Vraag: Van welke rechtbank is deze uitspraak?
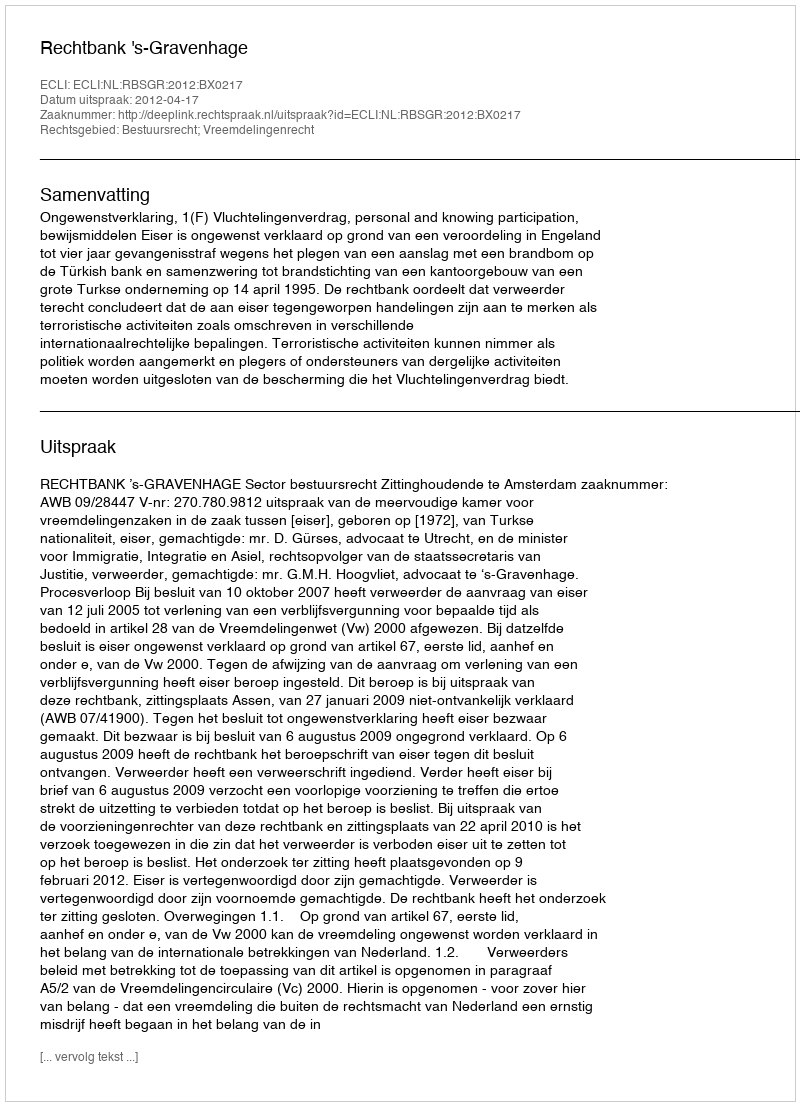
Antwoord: Rechtbank 's-Gravenhage